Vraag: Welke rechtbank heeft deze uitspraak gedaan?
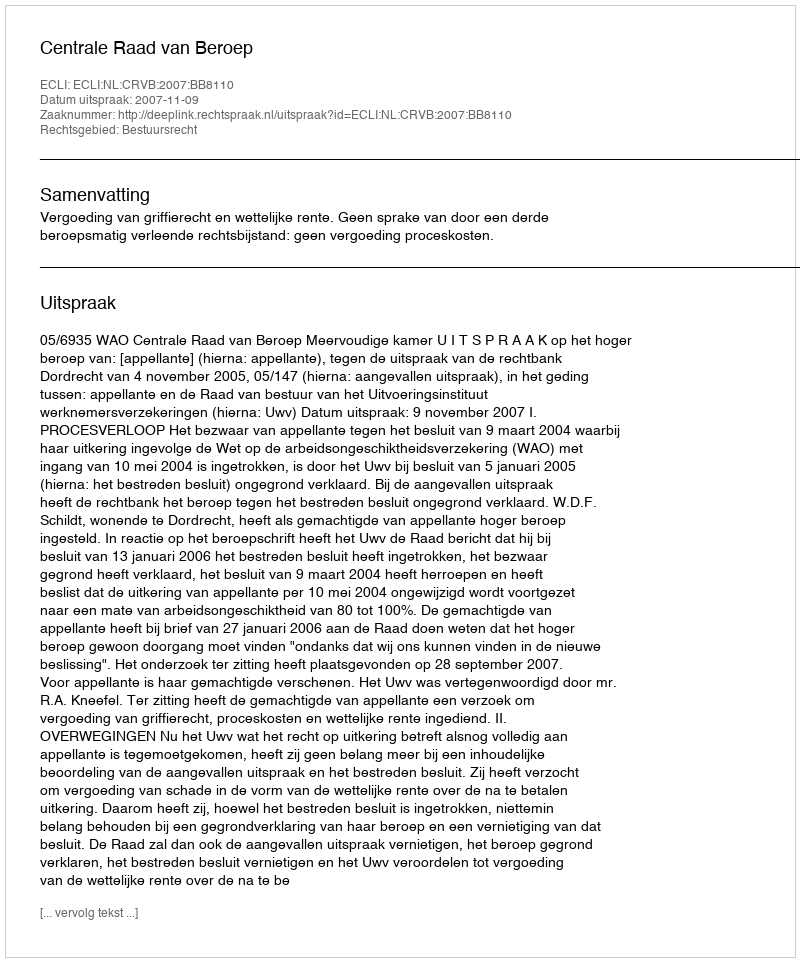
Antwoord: Centrale Raad van Beroep